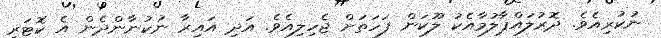
ނުކުރިއެވެ. ދޮރުލައްޕާލުމާއެކު ލޫކަން ފަހަތަށް ޖެހިލިއެވެ. އަދި އައިރާ ނުކުނާންދެން އެ ކޮޓަރި